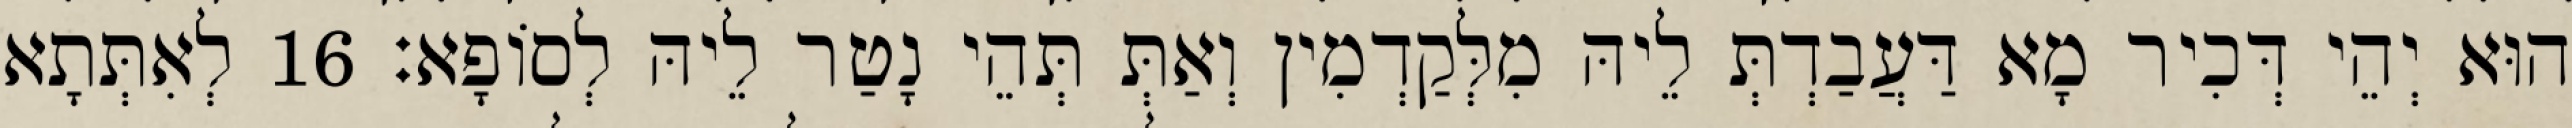
הוּא יְהֵי דְּכִיר מָא דַּעֲבַדְתְּ לֵיהּ מִלְּקַדְמִין וְאַתְּ תְּהֵי נָטַר לֵיהּ לְסוֹפָא׃ 16 לְאִתְּתָא